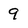
Character: 9